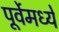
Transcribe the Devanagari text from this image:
पूर्वेमध्ये